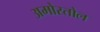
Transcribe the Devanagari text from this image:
अमोरतोल